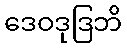
ဒေဝဒုဒြဘိ